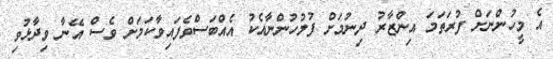
އެ މީހުންނަށް ފުރަތަމަ އިންޒާރު ދިނުމަށް ފުލުހުންނާއެކު އެއްބަސްވެފައިވާކަމަށް ވެސް އޭނާ ވިދާޅުވި